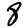
Digit: 8